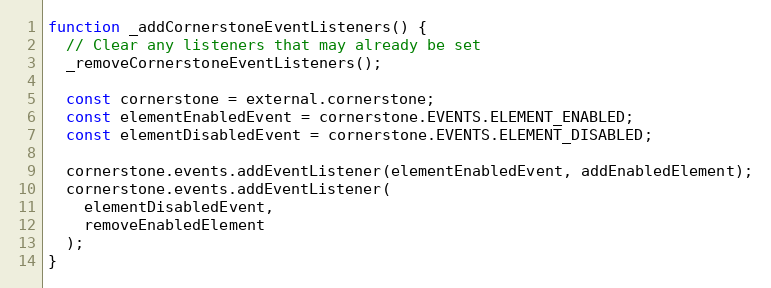
Language: JavaScript
function _addCornerstoneEventListeners() {
  // Clear any listeners that may already be set
  _removeCornerstoneEventListeners();

  const cornerstone = external.cornerstone;
  const elementEnabledEvent = cornerstone.EVENTS.ELEMENT_ENABLED;
  const elementDisabledEvent = cornerstone.EVENTS.ELEMENT_DISABLED;

  cornerstone.events.addEventListener(elementEnabledEvent, addEnabledElement);
  cornerstone.events.addEventListener(
    elementDisabledEvent,
    removeEnabledElement
  );
}